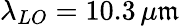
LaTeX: \lambda_{LO}=10.3\, \mu\mathfrak{m}